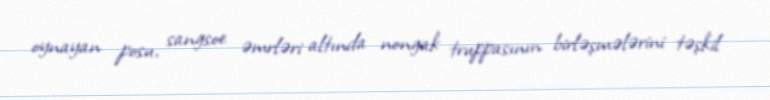
oynayan posu, sangsoe əmrləri altında nongak truppasının birləşmələrini təşkil